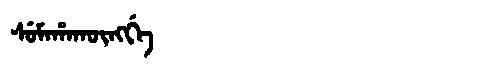
Manchu: ᠰᡠᠮᠠᡥᠠᡴᡡᠩᡤᡝ
Romanization: SUMAHAKŪNGGE